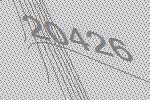
20426